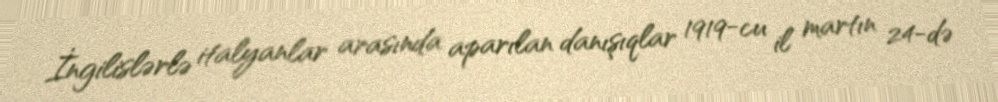
İngilislərlə italyanlar arasında aparılan danışıqlar 1919-cu il martın 24-də